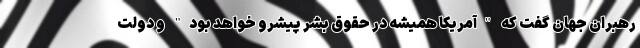
رهبران جهان گفت که "آمریکا همیشه در حقوق بشر پیشرو خواهد بود" و دولت